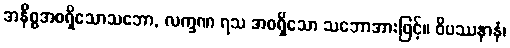
အနိစ္စအစရှိသောသဘော, လက္ခဏ ရသ အစရှိသော သဘောအားဖြင့်။ ဝိပဿနာနံ၊